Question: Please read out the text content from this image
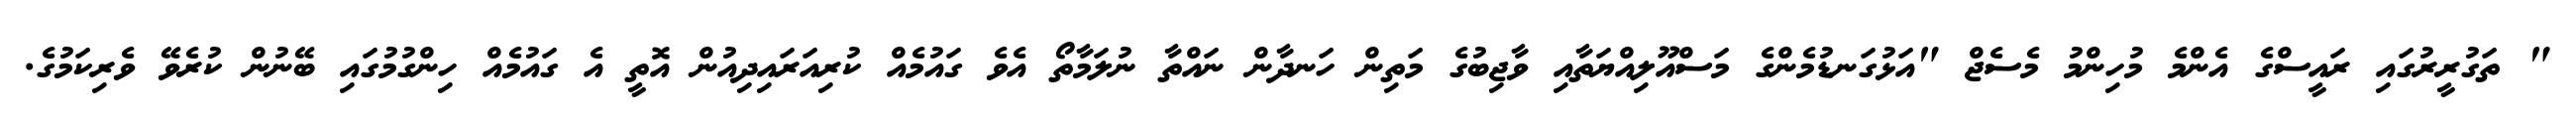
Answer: " ތަގުރީރުގައި ރައީސްގެ އެންމެ މުހިންމު މެސެޖް "އަޅުގަނޑުމެންގެ މަސްއޫލިއްޔަތާއި ވާޖިބުގެ މަތިން ހަނދާން ނައްތާ ނުލަމާތޯ އެވެ ގައުމެއް ކުރިއަރައިދިއުން އޮތީ އެ ގައުމެއް ހިންގުމުގައި ބޭނުން ކުރެވޭ ވެރިކަމުގެ.